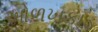
ઓળખકાડ